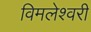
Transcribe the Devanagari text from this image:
विमलेश्वरी